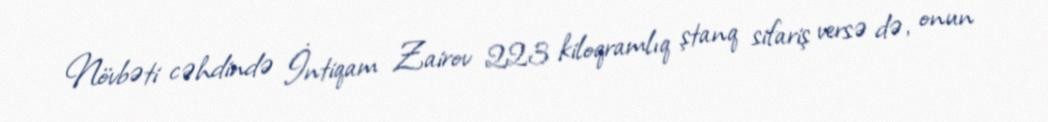
Növbəti cəhdində İntiqam Zairov 223 kiloqramlıq ştanq sifariş versə də, onun